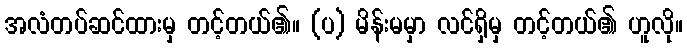
အလံတပ်ဆင်ထားမှ တင့်တယ်၏။ (ပ) မိန်းမမှာ လင်ရှိမှ တင့်တယ်၏ ဟူလို။